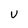
Character: V